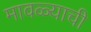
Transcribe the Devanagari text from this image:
मावळ्याची